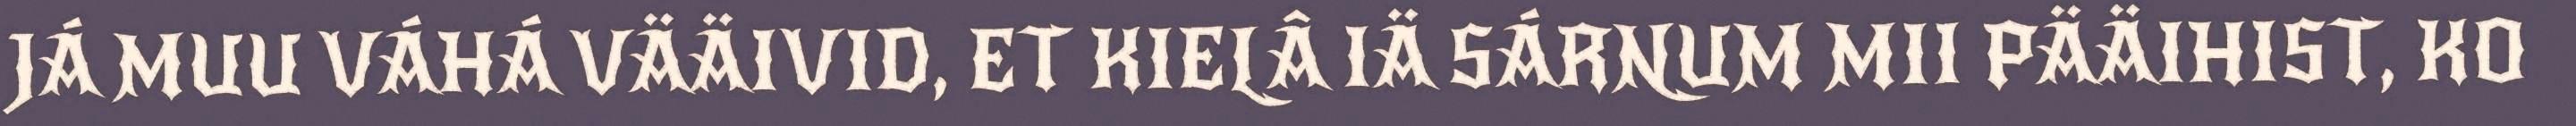
JÁ MUU VÁHÁ VÄÄIVID, ET KIELÂ IÄ SÁRNUM MII PÄÄIHIST, KO